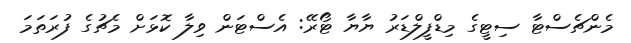
މެންޗެސްޓާ ސިޓީގެ މިޑްފީލްޑަރު ޔާޔާ ޓޯރޭ: އެސްޓަން ވިލާ ކޮޅަށް މެޗުގެ ފުރަތަމަ